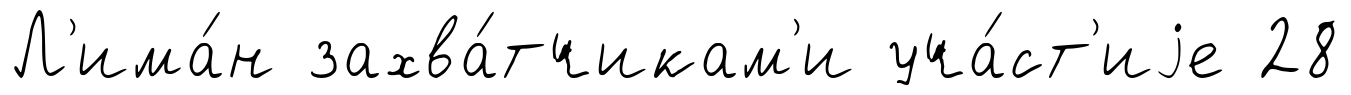
Л'има́н захва́тчикам'и уча́ст'иjе 28